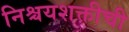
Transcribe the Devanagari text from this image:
निश्चयशक्तीची